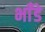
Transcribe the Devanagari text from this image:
भाँडे